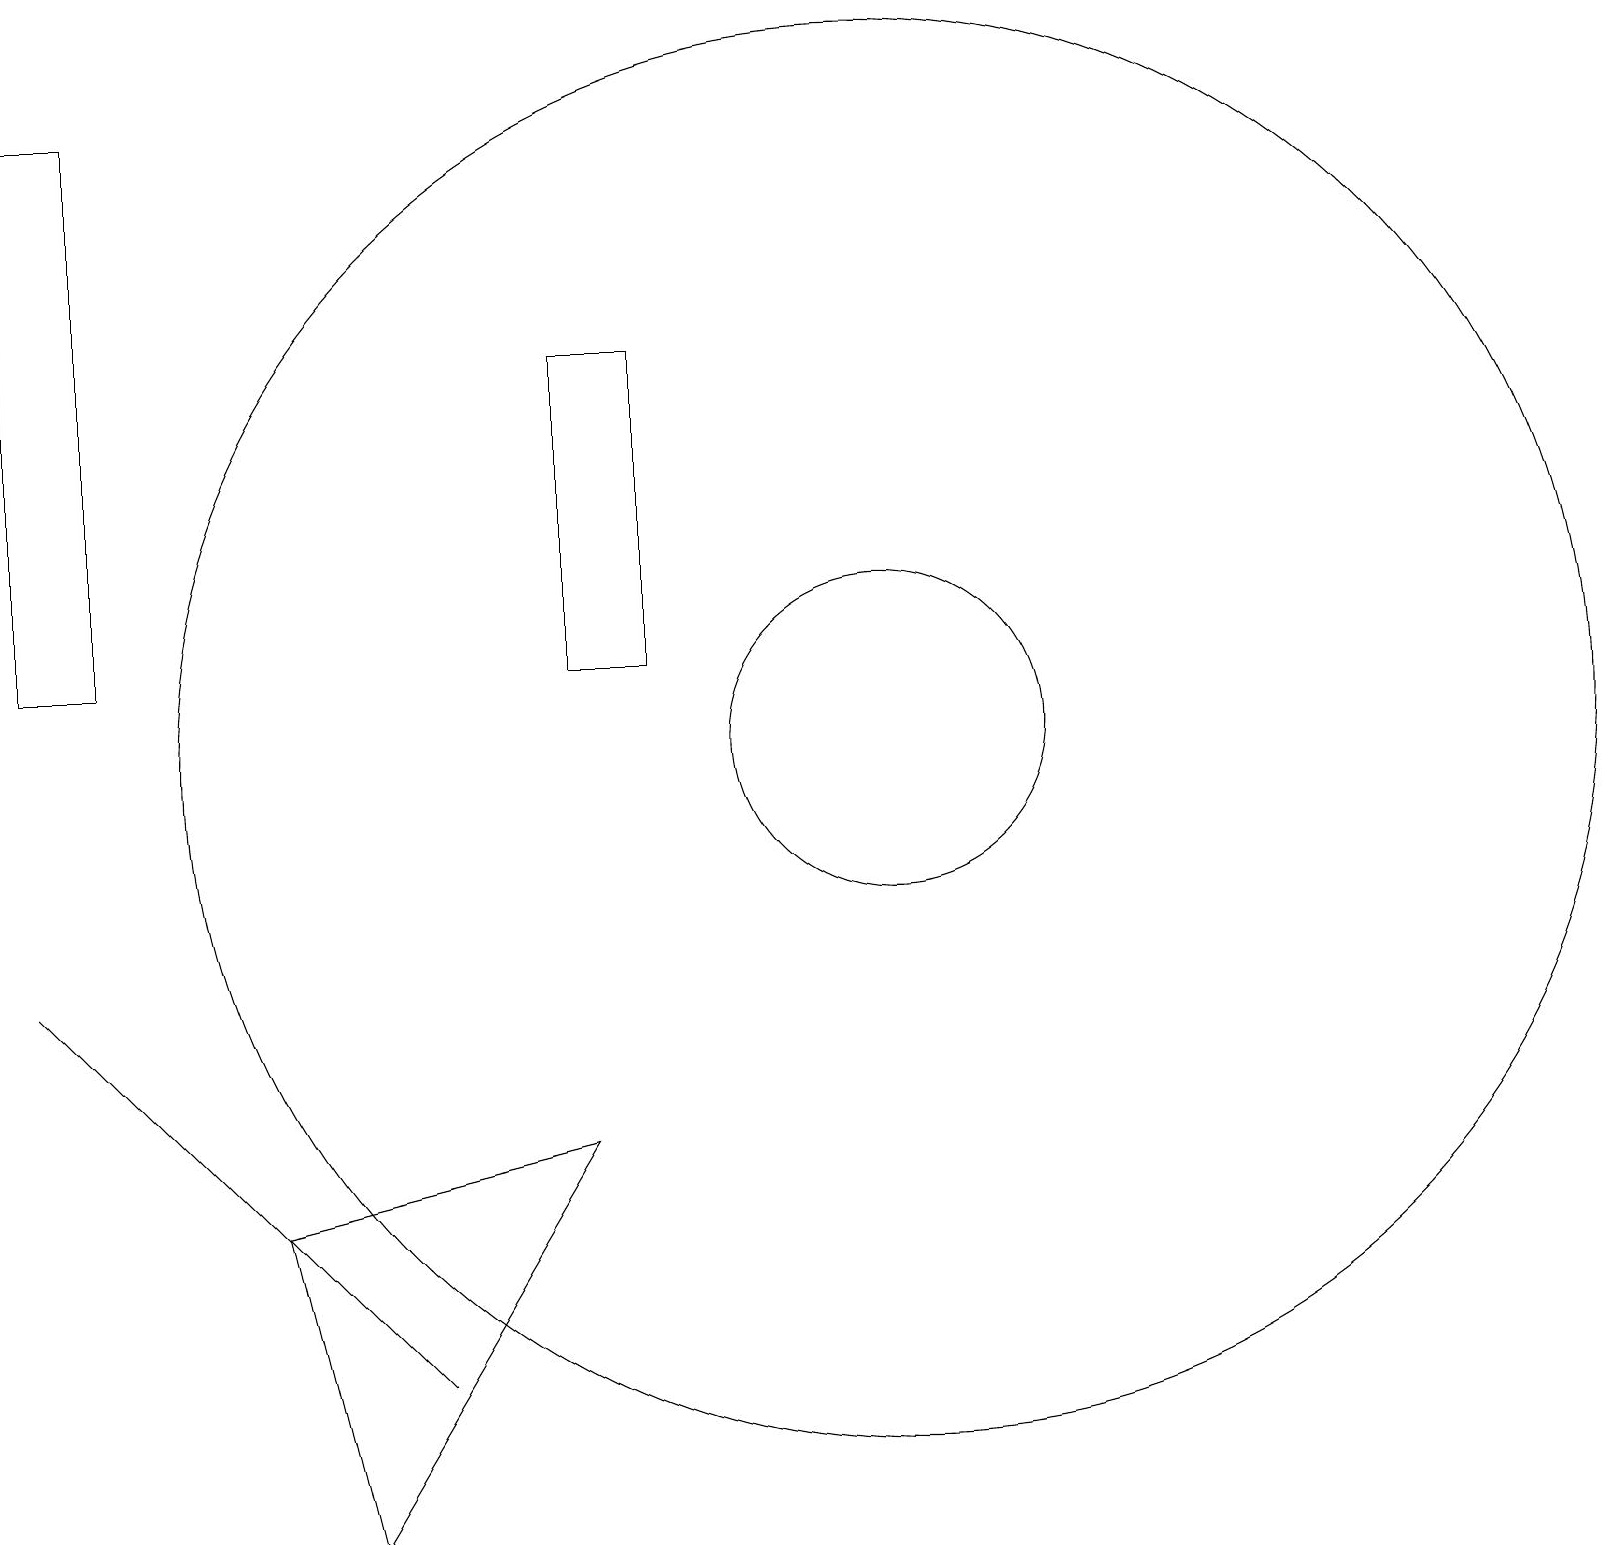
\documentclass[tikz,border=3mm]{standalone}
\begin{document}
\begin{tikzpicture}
\draw (7,16) rectangle (8,12);
\draw (0,8) -- (3,5) -- (5,3) -- cycle;
\draw (11,11) circle (9);
\draw (11,11) circle (2);
\draw (4,1) -- (3,5) -- (7,6) -- cycle;
\draw (1,12) rectangle (0,19);
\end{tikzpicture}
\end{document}